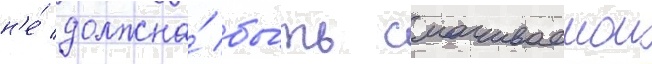
н'е́ должна́ бы́ть смачиваемои